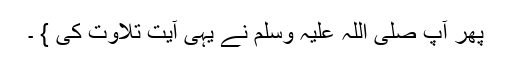
پھر آپ صلی اللہ علیہ وسلم نے یہی آیت تلاوت کی } ۔